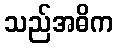
သည်အဓိက